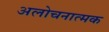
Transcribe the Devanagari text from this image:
अलोचनात्मक